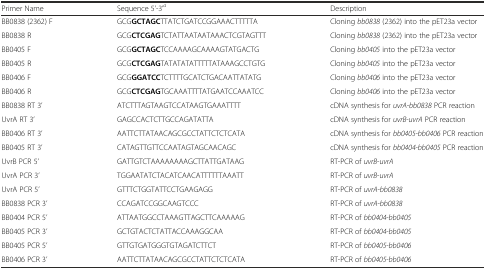
| Primer Name | Sequence 5’-3’a | Description |
 | --- | --- | --- |
 | BB0838 (2362) F | GCGGCTAGCTTATCTGATCCGGAAACTTTTTA | Cloning bb0838 (2362) into the pET23a vector |
 | BB0838 R | GCGCTCGAGTCTATTAATAATAAACTCGTAGTTT | Cloning bb0838 (2362) into the pET23a vector |
 | BB0405 F | GCGGCTAGCTCCAAAAGCAAAAGTATGACTG | Cloning bb0405 into the pET23a vector |
 | BB0405 R | GCGCTCGAGTATATATATTTTTATAAAGCCTGTG | Cloning bb0405 into the pET23a vector |
 | BB0406 F | GCGGGATCCTCTTTTGCATCTGACAATTATATG | Cloning bb0406 into the pET23a vector |
 | BB0406 R | GCGCTCGAGTGCAAATTTTATGAATCCAAATCC | Cloning bb0406 into the pET23a vector |
 | BB0838 RT 3’ | ATCTTTAGTAAGTCCATAAGTGAAATTTT | cDNA synthesis for uvrA-bb0838 PCR reaction |
 | UvrA RT 3’ | GAGCCACTCTTGCCAGATATTA | cDNA synthesis for uvrB-uvrA PCR reaction |
 | BB0406 RT 3’ | AATTCTTATAACAGCGCCTATTCTCTCATA | cDNA synthesis for bb0405-bb0406 PCR reaction |
 | BB0405 RT 3’ | CATAGTTGTTCCAATAGTAGCAACAGC | cDNA synthesis for bb0404-bb0405 PCR reaction |
 | UvrB PCR 5’ | GATTGTCTAAAAAAAAGCTTATTGATAAG | RT-PCR of uvrB-uvrA |
 | UvrA PCR 3’ | TGGAATATCTACATCAACATTTTTTAAATT | RT-PCR of uvrB-uvrA |
 | UvrA PCR 5’ | GTTTCTGGTATTCCTGAAGAGG | RT-PCR of uvrA-bb0838 |
 | BB0838 PCR 3’ | CCAGATCCGGCAAGTCCC | RT-PCR of uvrA-bb0838 |
 | BB0404 PCR 5’ | ATTAATGGCCTAAAGTTAGCTTCAAAAAG | RT-PCR of bb0404-bb0405 |
 | BB0405 PCR 3’ | GCTGTACTCTATTACCAAAGGCAA | RT-PCR of bb0404-bb0405 |
 | BB0405 PCR 5’ | GTTGTGATGGGTGTAGATCTTCT | RT-PCR of bb0405-bb0406 |
 | BB0406 PCR 3’ | AATTCTTATAACAGCGCCTATTCTCTCATA | RT-PCR of bb0405-bb0406 |